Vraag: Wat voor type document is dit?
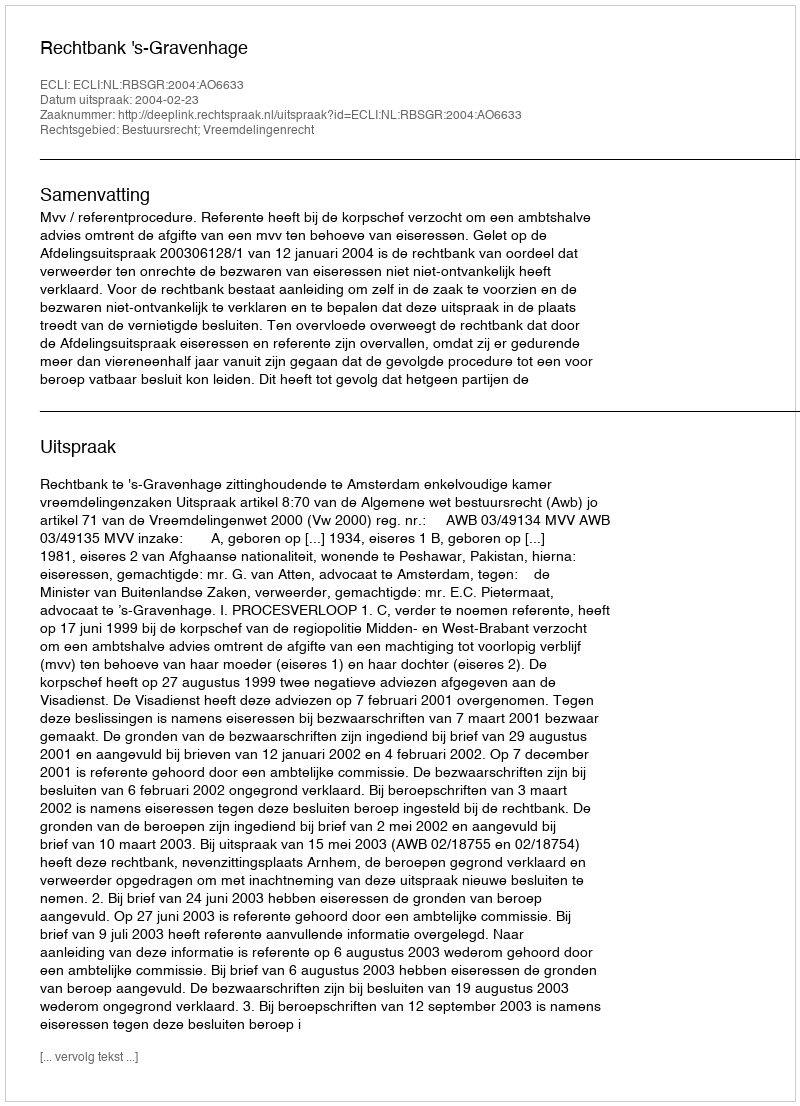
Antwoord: Uitspraak